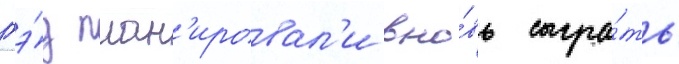
гэ́д план'ировал'и вно́вь сыгра́ть